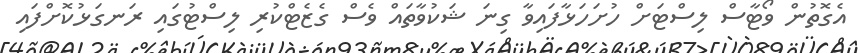
އެގޮތުން ވޯޓާސް ލިސްޓަށް ހުށަހަޅާފައިވާ ގިނަ ޝަކުވާތައް ވެސް ގެޒެޓްކުރި ލިސްޓުގައި ރަނގަޅުކޮށްފައި